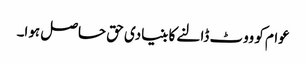
عوام کو ووٹ ڈالنے کا بنیادی حق حاصل ہوا۔